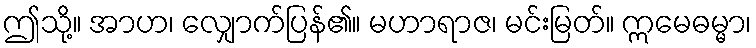
ဤသို့။ အာဟ၊ လျှောက်ပြန်၏။ မဟာရာဇ၊ မင်းမြတ်။ ဣမေဓမ္မာ၊